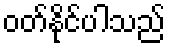
ဝတ်နိုင်ပါသည်